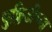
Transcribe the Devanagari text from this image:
युक्लिडीच्या